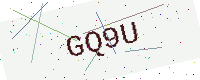
Text: GQ9U